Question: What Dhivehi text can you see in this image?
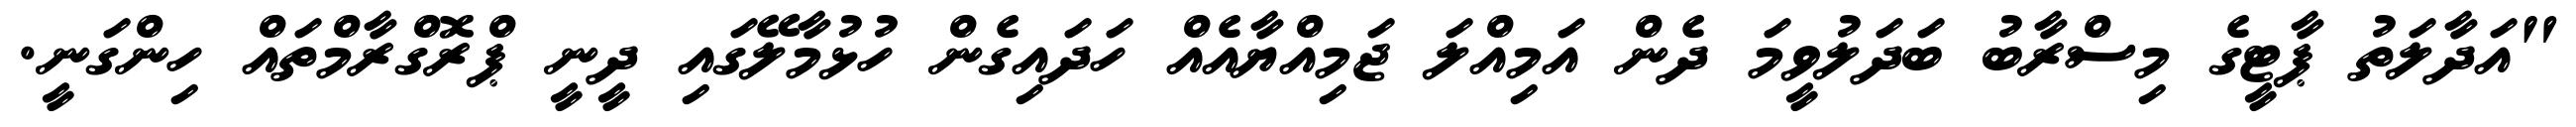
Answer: "އަދާލަތު ޕާޓީގެ މިސްރާބު ބަދަލުވީމަ ދެން އަމިއްލަ ޖަމިއްޔާއެއް ހަދައިގެން ހުޅުމާލޭގައި ދީނީ ޕްރޮގްރާމްތައް ހިންގަނީ.